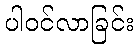
ပါဝင်လာခြင်း